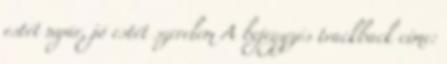
estét nyár, jó estét szerelem A bejegyzés trackback címe: